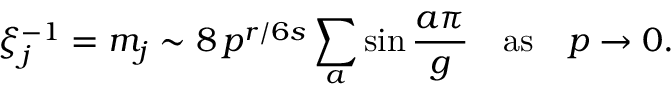
\xi _ { j } ^ { - 1 } = m _ { j } \sim 8 \, p ^ { r / 6 s } \sum _ { a } \sin \frac { a \pi } { g } \quad \mathrm { a s } \quad p \to 0 .